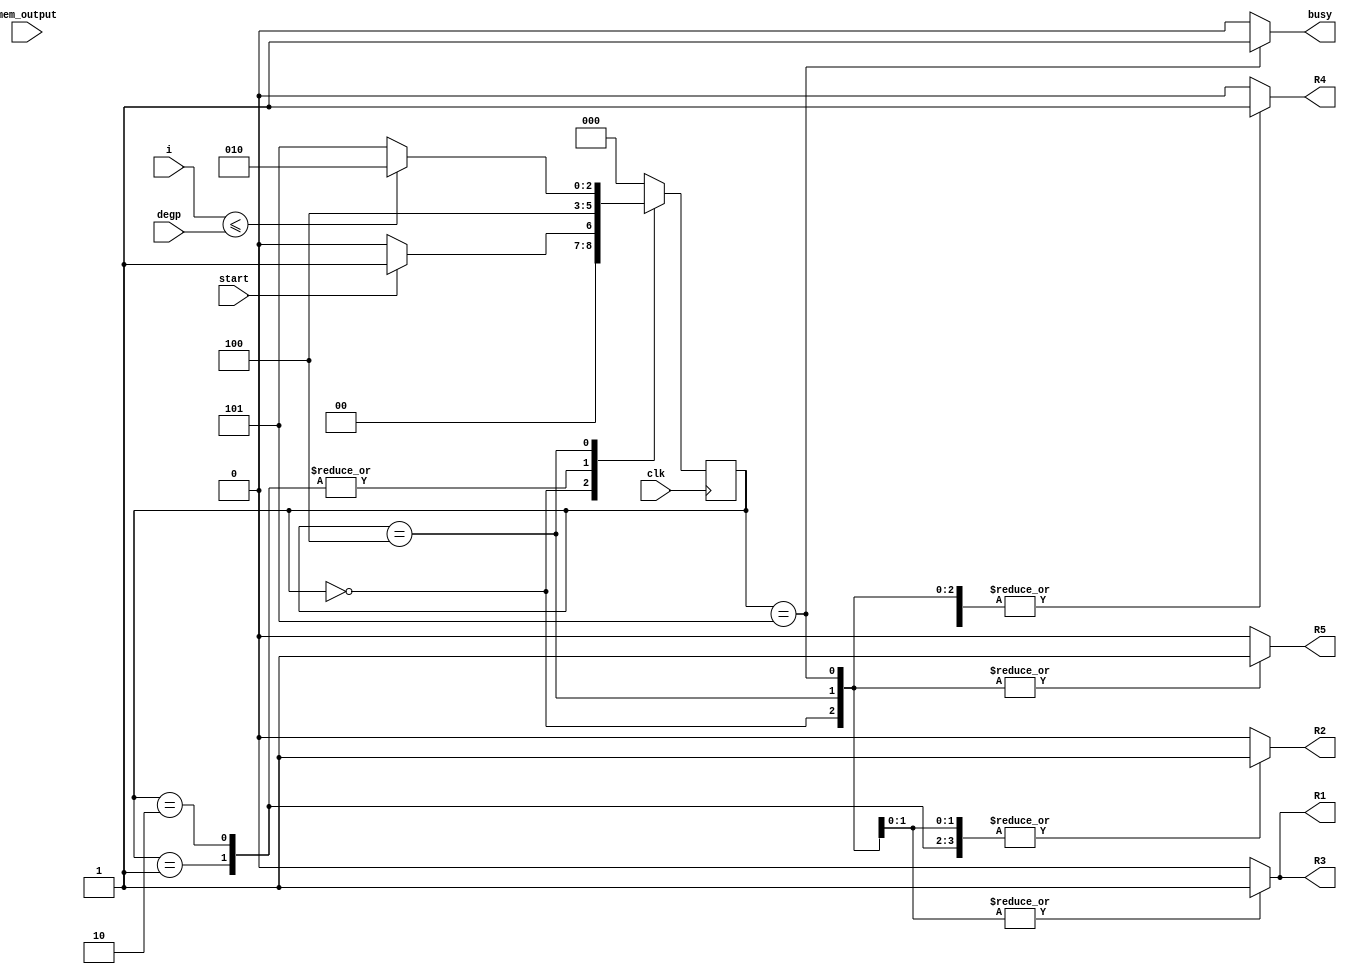
`timescale 1ns / 1ps
//////////////////////////////////////////////////////////////////////////////////
// Company: 
// Engineer: 
// 
// Design Name: 
// Module Name: hash_data_FSM
// Project Name: 
// Target Devices: 
// Tool Versions: 
// Description: 
// 
// Dependencies: 
// 
// Revision:
// Revision 0.01 - File Created
// Additional Comments:
// 
//////////////////////////////////////////////////////////////////////////////////


module hash_data_FSM(
    input clk,
    input start,
    input [10:0] mem_output,
    input [10:0] degp,
    input [10:0] i,    
    output reg R1, R2, R3, R4, R5,
    output reg busy
    );
    
    parameter Inicio = 3'b000;
    parameter Tp= 3'b001;
    parameter Fp= 3'b010;
    parameter preg2=3'b100;
    parameter salida=3'b101;


    reg [2:0] presente = Inicio; // Registro de Estado - Valor inicial
    reg [2:0] futuro;            // Entrada del registro de Estado

    // Registro de estado 
    always @(posedge clk)
        presente <= futuro;

    // Lgica del estado siguiente
    always @(presente, mem_output, i, degp,start)
        case (presente)
            Inicio :
                if(start)
                    futuro <= Tp;            
                else
                    futuro <= Inicio;
            Tp:
               futuro <= preg2;
            Fp:
                futuro <= preg2;
            preg2:
                if(i<=degp)
                    futuro <= Fp;                  
                else
                    futuro <= salida;      
            salida:
                futuro <= Inicio;
            default:
                futuro <= Inicio;
        endcase
    
    // Lgica de salida
    always @(presente)
        case (presente)
            Inicio : begin
                R1 <= 1'b0;
                R2 <= 1'b0;
                R3 <= 1'b0;
                R4 <= 1'b1;
                R5 <= 1'b1;
                busy <= 1'b0;
            end
            Tp: begin
                R1 <= 1'b0;
                R2 <= 1'b1;
                R3 <= 1'b0;
                R4 <= 1'b0;
                R5 <= 1'b0;
                busy <= 1'b0;
            end
            Fp: begin
                R1 <= 1'b0;
                R2 <= 1'b1;
                R3 <= 1'b0;
                R4 <= 1'b1;
                R5 <= 1'b0;
                busy <= 1'b0;
            end
            preg2: begin
                R1 <= 1'b1;
                R2 <= 1'b1;
                R3 <= 1'b1;
                R4 <= 1'b1;
                R5 <= 1'b1;
                busy <= 1'b0;
            end
            salida: begin
                R1 <= 1'b1;
                R2 <= 1'b1;
                R3 <= 1'b1;
                R4 <= 1'b1;
                R5 <= 1'b1;
                busy <= 1'b1;
            end 
            default: begin
                R1 <= 1'b0;
                R2 <= 1'b0;
                R3 <= 1'b0;
                R4 <= 1'b0;
                R5 <= 1'b0;
                busy <= 1'b0;
             end 
     endcase
endmodule